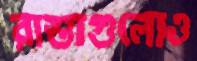
রাস্তাগুলোও